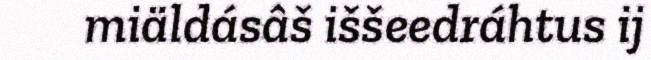
miäldásâš iššeedráhtus ij